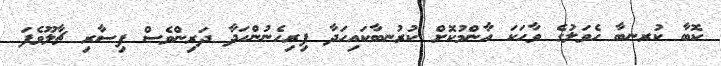
ކޮބާ ކުރނބާ ހެވަލުގެ ވާހަކަ އާންމުކޮށް ކުރުނބާކައިހަދާ ފިރިހެނުންހަދާ ދަރިންވެސް ފިސާރި ޗާލޫވެފަ